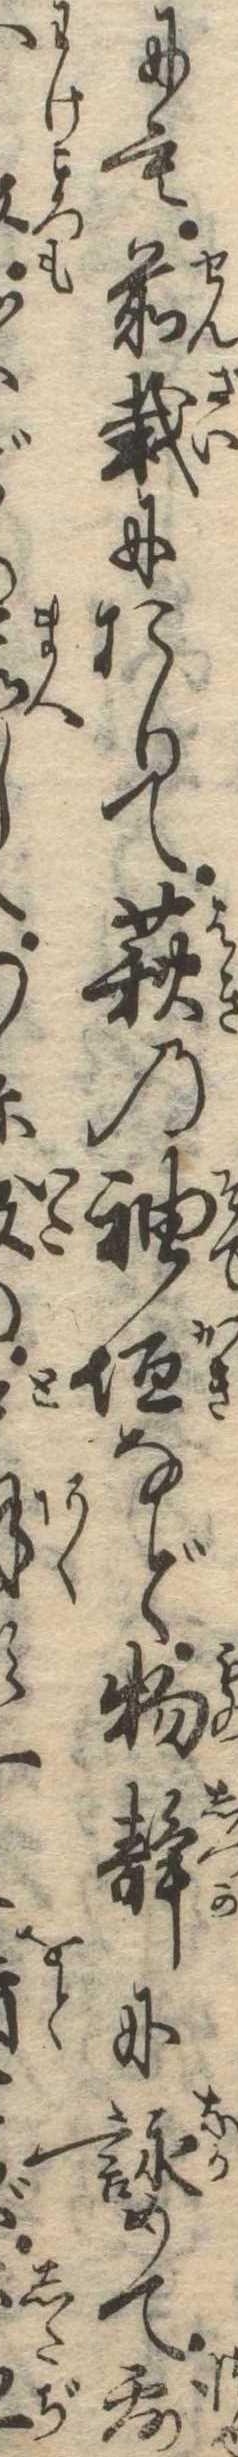
にも前栽におりて萩の袖垣など物静に詠めて霧どし